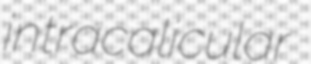
intracalicular